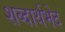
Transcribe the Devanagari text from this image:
शब्दार्थभेद